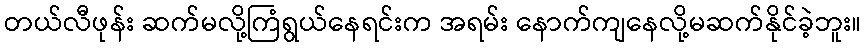
တယ်လီဖုန်း ဆက်မလို့ကြံရွယ်နေရင်းက အရမ်း နောက်ကျနေလို့မဆက်နိုင်ခဲ့ဘူး။